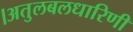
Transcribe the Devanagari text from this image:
।अतुलबलधारिणी